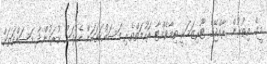
މީގެ އިތުރުން ރާއްޖޭގެ ޓޫރިޒަމަކީ ތިމާވެއްޓާ ރަހުމަތްތެރި މަސައްކަތަކަށް ހެދުމަށް ކުރަމުންދާ މަސައްކަތަށް